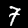
Digit: 7